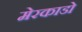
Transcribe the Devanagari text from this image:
मेरकाडो